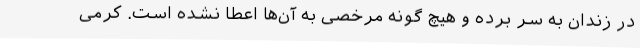
در زندان به سر برده و هیچ گونه مرخصی به آن‌ها اعطا نشده است. کرمی